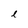
Character: l